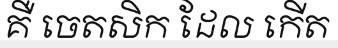
គឺ ចេតសិក ដែល កើត